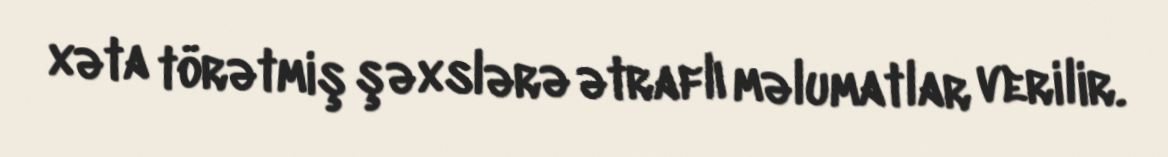
xəta törətmiş şəxslərə ətraflı məlumatlar verilir.